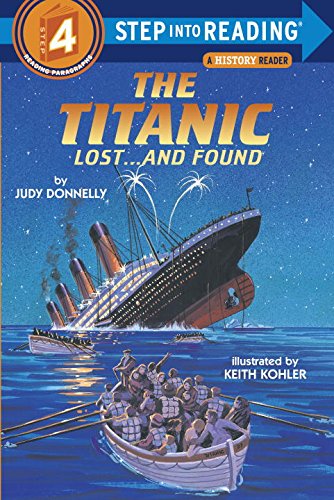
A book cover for The Titanic: Lost and Found (Step-Into-Reading, Step 4); Judy Donnelly; Children's Books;